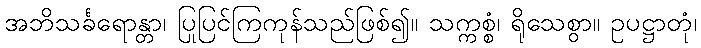
အဘိသင်္ခရောန္တာ၊ ပြုပြင်ကြကုန်သည်ဖြစ်၍။ သက္ကစ္စံ၊ ရိုသေစွာ။ ဥပဋ္ဌာတုံ၊